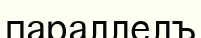
параллелъ